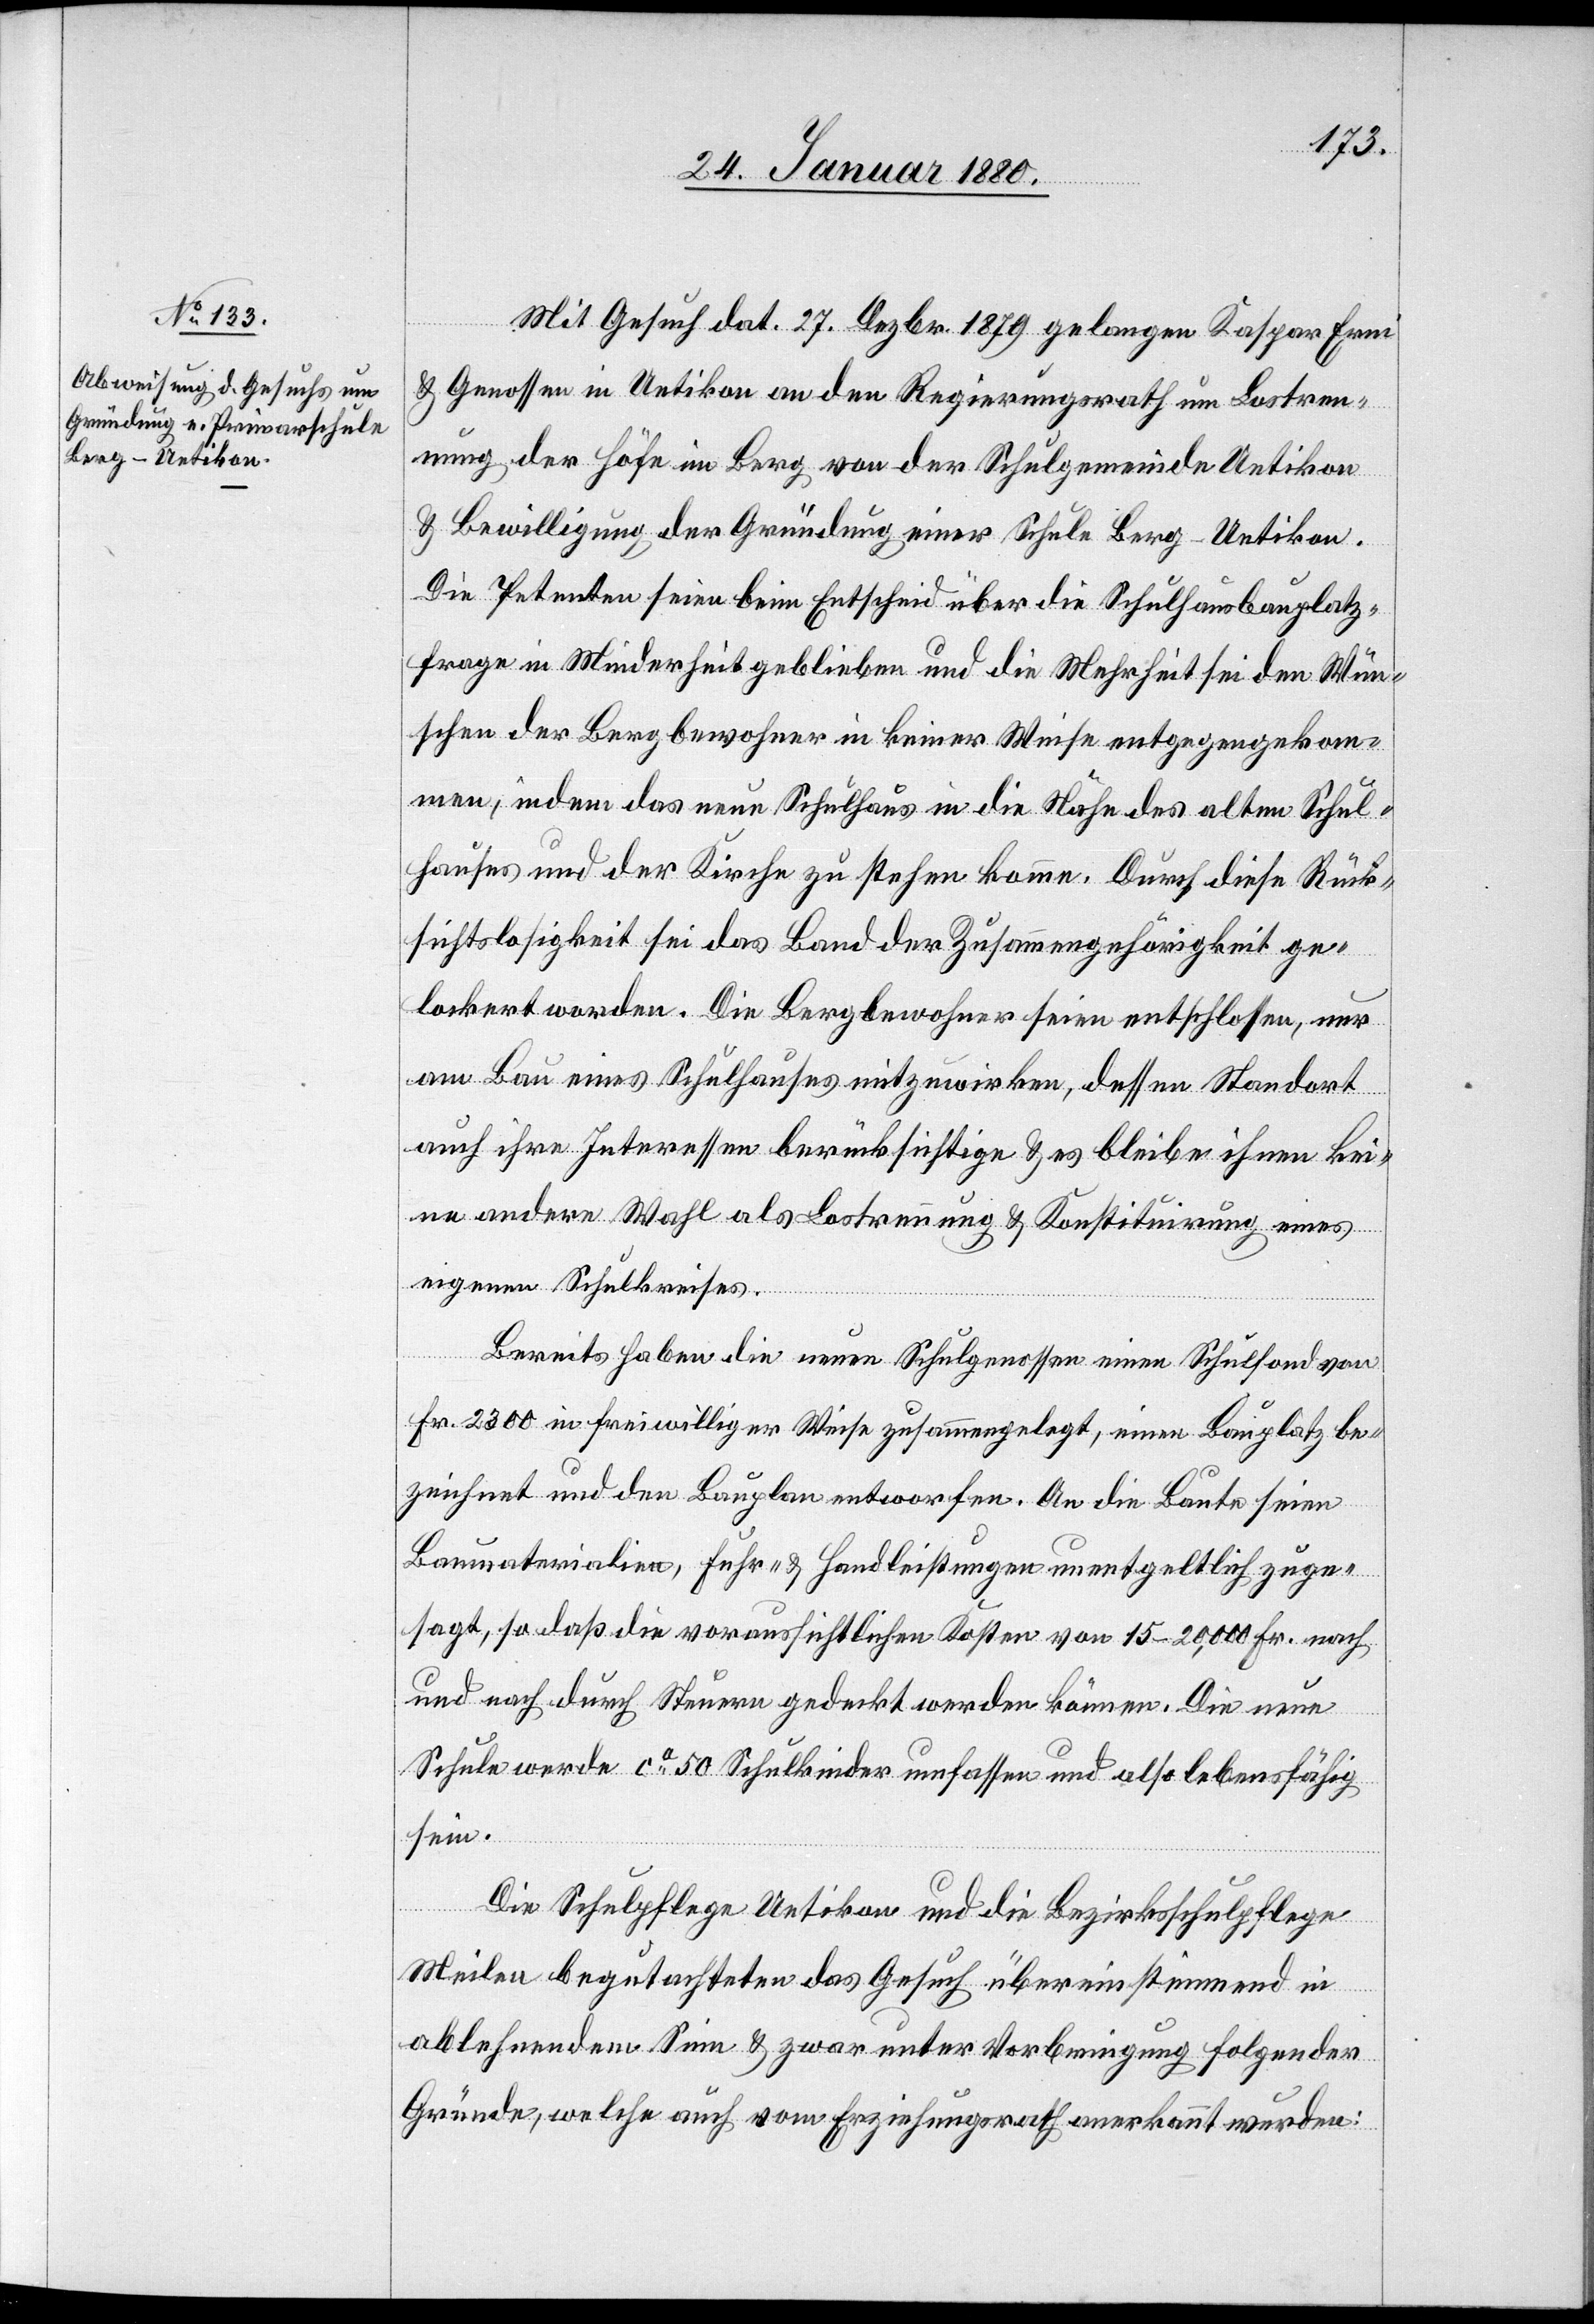
Mit Gesuch dat. 27. Dezbr. 1879 gelangen Kaspar Erni
& Genossen in Uetikon an den Regierungsrath um Lostren¬
nung der Höfe in Berg von der Schulgemeinde Uetikon
& Bewilligung der Gründung einer Schule Berg - Uetikon.
Die Petenten seien beim Entscheid über die Schulhausplatz¬
frage in Minderheit geblieben und die Mehrheit sei den Wün¬
schen der Bergbewohner in keiner Weise entgegengekom¬
men, indem das neue Schulhaus in die Nähe des alten Schul¬
hauses und der Kirche zu stehen komme. Durch diese Rück¬
sichtslosigkeit sei das Band der Zusammengehörigkeit ge¬
lockert worden. Die Bergbewohner seien entschlossen, nur
am Bau eines Schulhauses mitzuwirken, dessen Standort
auch ihre Interessen berücksichtige & es bleibe ihnen kei¬
ne andere Wahl als Lostrennung & Konstituirung eines
eigenen Schulkreises.
Bereits haben die neuen Schulgenossen einen Schulfond von
Fr. 2300 in freiwilliger Weise zusammengelegt, einen Bauplatz be¬
zeichnet und den Bauplan entworfen. An die Baute seien
Baumaterialien, Fuhr- & Handleistungen unentgeldlich zuge¬
sagt, so daß die voraussichtlichen Kosten von 15–20, 000 Fr. nach
und nach durch Steuern gedeckt werden können. Die neue
Schule werde ca 50 Schulkinder umfassen und also lebensfähig
sein.
Die Schulpflege Uetikon und die Bezirksschulpflege
Meilen begutachteten das Gesuch übereinstimmend in
ablehnendem Sinne & zwar unter Vorbringung folgender
Gründe, welche auch vom Erziehungsrath anerkannt wurden: